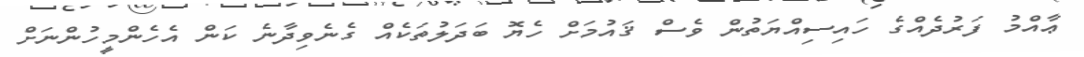
ޢާއްމު ފަރުދެއްގެ ހައިސިއްޔަތުން ވެސް ޤައުމަށް ހެޔޮ ބަދަލުތަކެއް ގެނެވިދާނެ ކަން އެހެންމީހުންނަށް